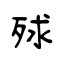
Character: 殏